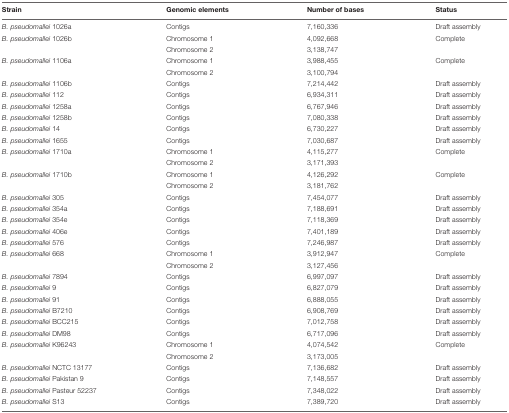
<table><thead><tr><td><b>Strain</b></td><td><b>Genomic elements</b></td><td><b>Number of bases</b></td><td><b>Status</b></td></tr></thead><tbody><tr><td><i>B. pseudomallei</i> 1026a</td><td>Contigs</td><td>7,160,336</td><td>Draft assembly</td></tr><tr><td><i>B. pseudomallei</i> 1026b</td><td>Chromosome 1</td><td>4,092,668</td><td>Complete</td></tr><tr><td></td><td>Chromosome 2</td><td>3,138,747</td><td></td></tr><tr><td><i>B. pseudomallei</i> 1106a</td><td>Chromosome 1</td><td>3,988,455</td><td>Complete</td></tr><tr><td></td><td>Chromosome 2</td><td>3,100,794</td><td></td></tr><tr><td><i>B. pseudomallei</i> 1106b</td><td>Contigs</td><td>7,214,442</td><td>Draft assembly</td></tr><tr><td><i>B. pseudomallei</i> 112</td><td>Contigs</td><td>6,934,311</td><td>Draft assembly</td></tr><tr><td><i>B. pseudomallei</i> 1258a</td><td>Contigs</td><td>6,767,946</td><td>Draft assembly</td></tr><tr><td><i>B. pseudomallei</i> 1258b</td><td>Contigs</td><td>7,080,338</td><td>Draft assembly</td></tr><tr><td><i>B. pseudomallei</i> 14</td><td>Contigs</td><td>6,730,227</td><td>Draft assembly</td></tr><tr><td><i>B. pseudomallei</i> 1655</td><td>Contigs</td><td>7,030,687</td><td>Draft assembly</td></tr><tr><td><i>B. pseudomallei</i> 1710a</td><td>Chromosome 1</td><td>4,115,277</td><td>Complete</td></tr><tr><td></td><td>Chromosome 2</td><td>3,171,393</td><td></td></tr><tr><td><i>B. pseudomallei</i> 1710b</td><td>Chromosome 1</td><td>4,126,292</td><td>Complete</td></tr><tr><td></td><td>Chromosome 2</td><td>3,181,762</td><td></td></tr><tr><td><i>B. pseudomallei</i> 305</td><td>Contigs</td><td>7,454,077</td><td>Draft assembly</td></tr><tr><td><i>B. pseudomallei</i> 354a</td><td>Contigs</td><td>7,188,691</td><td>Draft assembly</td></tr><tr><td><i>B. pseudomallei</i> 354e</td><td>Contigs</td><td>7,118,369</td><td>Draft assembly</td></tr><tr><td><i>B. pseudomallei</i> 406e</td><td>Contigs</td><td>7,401,189</td><td>Draft assembly</td></tr><tr><td><i>B. pseudomallei</i> 576</td><td>Contigs</td><td>7,246,987</td><td>Draft assembly</td></tr><tr><td><i>B. pseudomallei</i> 668</td><td>Chromosome 1</td><td>3,912,947</td><td>Complete</td></tr><tr><td></td><td>Chromosome 2</td><td>3,127,456</td><td></td></tr><tr><td><i>B. pseudomallei</i> 7894</td><td>Contigs</td><td>6,997,097</td><td>Draft assembly</td></tr><tr><td><i>B. pseudomallei</i> 9</td><td>Contigs</td><td>6,827,079</td><td>Draft assembly</td></tr><tr><td><i>B. pseudomallei</i> 91</td><td>Contigs</td><td>6,888,055</td><td>Draft assembly</td></tr><tr><td><i>B. pseudomallei</i> B7210</td><td>Contigs</td><td>6,908,769</td><td>Draft assembly</td></tr><tr><td><i>B. pseudomallei</i> BCC215</td><td>Contigs</td><td>7,012,758</td><td>Draft assembly</td></tr><tr><td><i>B. pseudomallei</i> DM98</td><td>Contigs</td><td>6,717,096</td><td>Draft assembly</td></tr><tr><td><i>B. pseudomallei</i> K96243</td><td>Chromosome 1</td><td>4,074,542</td><td>Complete</td></tr><tr><td></td><td>Chromosome 2</td><td>3,173,005</td><td></td></tr><tr><td><i>B. pseudomallei</i> NCTC 13177</td><td>Contigs</td><td>7,136,682</td><td>Draft assembly</td></tr><tr><td><i>B. pseudomallei</i> Pakistan 9</td><td>Contigs</td><td>7,148,557</td><td>Draft assembly</td></tr><tr><td><i>B. pseudomallei</i> Pasteur 52237</td><td>Contigs</td><td>7,348,022</td><td>Draft assembly</td></tr><tr><td><i>B. pseudomallei</i> S13</td><td>Contigs</td><td>7,389,720</td><td>Draft assembly</td></tr></tbody></table>